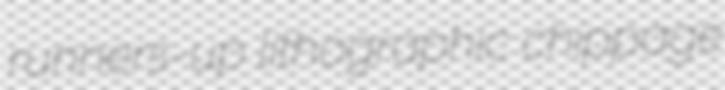
runners-up lithographic chippage